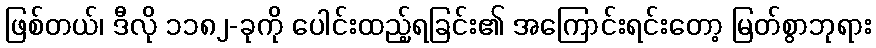
ဖြစ်တယ်၊ ဒီလို ၁၁၈၂-ခုကို ပေါင်းထည့်ရခြင်း၏ အကြောင်းရင်းတော့ မြတ်စွာဘုရား